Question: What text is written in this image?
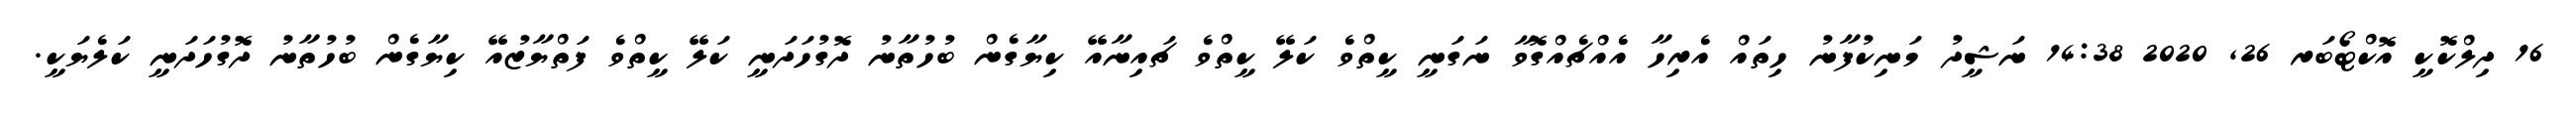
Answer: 16 ދިލްކޮކީ އޮކްޓޯބަރ 26, 2020 14:38 ނަޝީދު މަނިކުފާނު ހިތައް އެރިހާ އެއްޗެއްގޮވާ ނަގަނީ ކީތްވެ ކަލޭ ކީތްވެ ޗައިނާއޭ ކިޔާގެން ބުހުތާނު ދޮގުހަދަނީ ކަލޭ ކީތްވެ ފަތްޔާޒުއޭ ކިޔާގެން ބުހުތާނު ދޮގުހަދަނީ ކަލެޔަކީ.